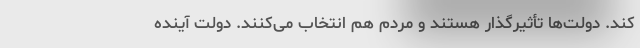
کند. دولت‌ها تأثیرگذار هستند و مردم هم انتخاب می‌کنند. دولت آینده